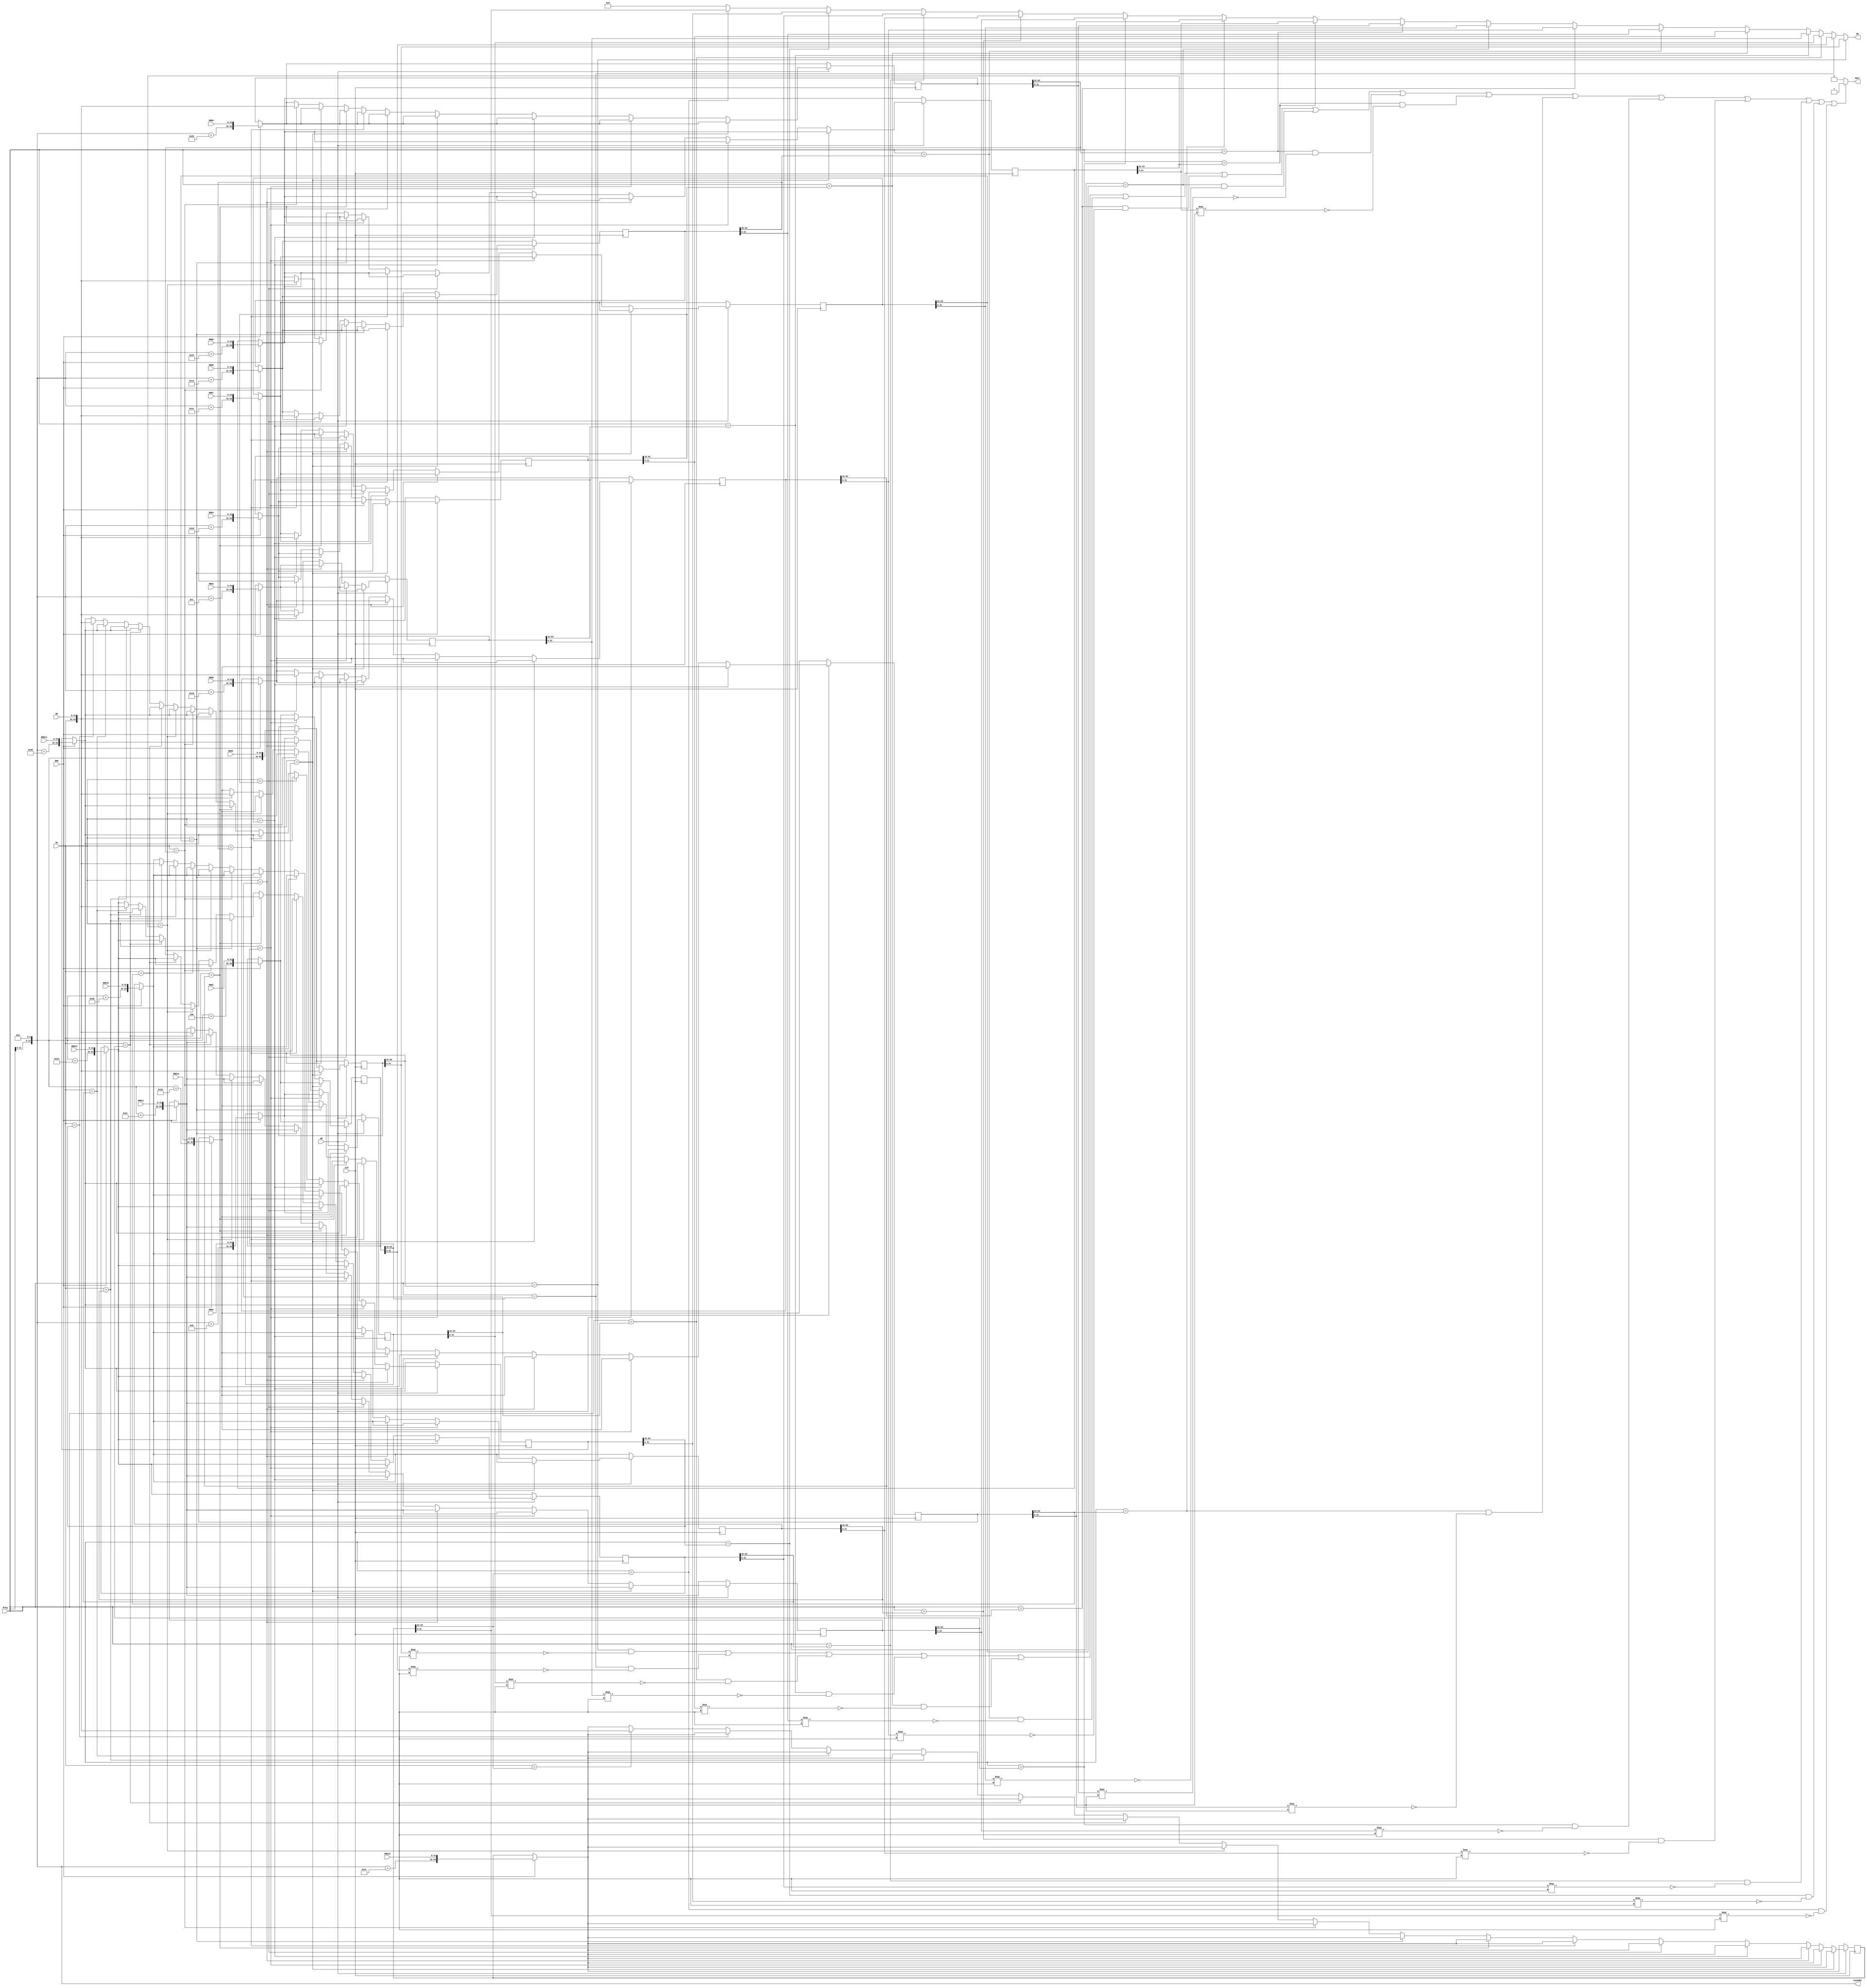
module cache(
	input         	CLK,
	input			RME, WE,
	input  [31:0] 	WA, RTag,
	input  [31:0] 	RMD0, RMD1, RMD2, RMD3, RMD4, RMD5, RMD6, RMD7, RMD8, RMD9, RMD10, RMD11, RMD12, RMD13, RMD14, RMD15,
	input  [31:0]	WD,
	output [31:0]	CacheRA,
	output			RHit,
	output [31:0] 	RD);

	// 1'b Valid + 32'b Imm + 32'b Rs + 32'b Data
	reg    [63:0] 	mem_data [0:15];

	wire   [31:0]	RMA0, RMA1, RMA2, RMA3, RMA4, RMA5, RMA6, RMA7, RMA8, RMA9, RMA10, RMA11, RMA12, RMA13, RMA14, RMA15;
	wire   [31:0]	Tag0, Tag1, Tag2, Tag3, Tag4, Tag5, Tag6, Tag7, Tag8, Tag9, Tag10, Tag11, Tag12, Tag13, Tag14, Tag15;
	wire   [31:0]	Data0, Data1, Data2, Data3, Data4, Data5, Data6, Data7, Data8, Data9, Data10, Data11, Data12, Data13, Data14, Data15;
	
	assign RHit = ((RTag==Tag0&&~(Data0===32'dx)) || (RTag==Tag1&&~(Data1===32'dx)) || (RTag==Tag2&&~(Data2===32'dx)) || (RTag==Tag3&&~(Data3===32'dx)) || 
				  (RTag==Tag4&&~(Data4===32'dx)) || (RTag==Tag5&&~(Data5===32'dx)) || (RTag==Tag6&&~(Data6===32'dx)) || (RTag==Tag7&&~(Data7===32'dx)) || 
				  (RTag==Tag8&&~(Data8===32'dx)) || (RTag==Tag9&&~(Data9===32'dx)) || (RTag==Tag10&&~(Data10===32'dx)) || (RTag==Tag11&&~(Data11===32'dx)) || 
				  (RTag==Tag12&&~(Data12===32'dx)) || (RTag==Tag13&&~(Data13===32'dx)) || (RTag==Tag14&&~(Data14===32'dx)) || (RTag==Tag15&&~(Data15===32'dx))) ? 1'b1 : 1'b0;
	assign RD =   (RTag==Tag0) ? Data0 : (RTag==Tag1) ? Data1 : (RTag==Tag2) ? Data2 : (RTag==Tag3) ? Data3 : 
				  (RTag==Tag4) ? Data4 : (RTag==Tag5) ? Data5 : (RTag==Tag6) ? Data6 : (RTag==Tag7) ? Data7 : 
				  (RTag==Tag8) ? Data8 : (RTag==Tag9) ? Data9 : (RTag==Tag10) ? Data10 : (RTag==Tag11) ? Data11 : 
				  (RTag==Tag12) ? Data12 : (RTag==Tag13) ? Data13 : (RTag==Tag14) ? Data14 : (RTag==Tag15) ? Data15 : 32'd0;
				  
	always @(posedge CLK)
	begin
		if(RME) begin
			mem_data[ 4'd0 ] <= {RMA0,RMD0};
			mem_data[ 4'd1 ] <= {RMA1,RMD1};
			mem_data[ 4'd2 ] <= {RMA2,RMD2};
			mem_data[ 4'd3 ] <= {RMA3,RMD3};
			mem_data[ 4'd4 ] <= {RMA4,RMD4};
			mem_data[ 4'd5 ] <= {RMA5,RMD5};
			mem_data[ 4'd6 ] <= {RMA6,RMD6};
			mem_data[ 4'd7 ] <= {RMA7,RMD7};
			mem_data[ 4'd8 ] <= {RMA8,RMD8};
			mem_data[ 4'd9 ] <= {RMA9,RMD9};
			mem_data[ 4'd10 ] <= {RMA10,RMD10};
			mem_data[ 4'd11 ] <= {RMA11,RMD11};
			mem_data[ 4'd12 ] <= {RMA12,RMD12};
			mem_data[ 4'd13 ] <= {RMA13,RMD13};
			mem_data[ 4'd14 ] <= {RMA14,RMD14};
			mem_data[ 4'd15 ] <= {RMA15,RMD15};
		end
		
		if(WE) begin
			if(WA==Tag0)
				mem_data[ 4'd0 ] <= {WA,WD};
			else if(WA==Tag1)
				mem_data[ 4'd1 ] <= {WA,WD};
			else if(WA==Tag2)
				mem_data[ 4'd2 ] <= {WA,WD};
			else if(WA==Tag3)
				mem_data[ 4'd3 ] <= {WA,WD};
			else if(WA==Tag4)
				mem_data[ 4'd4 ] <= {WA,WD};
			else if(WA==Tag5)
				mem_data[ 4'd5 ] <= {WA,WD};
			else if(WA==Tag6)
				mem_data[ 4'd6 ] <= {WA,WD};
			else if(WA==Tag7)
				mem_data[ 4'd7 ] <= {WA,WD};
			else if(WA==Tag8)
				mem_data[ 4'd8 ] <= {WA,WD};
			else if(WA==Tag9)
				mem_data[ 4'd9 ] <= {WA,WD};
			else if(WA==Tag10)
				mem_data[ 4'd10 ] <= {WA,WD};
			else if(WA==Tag11)
				mem_data[ 4'd11 ] <= {WA,WD};
			else if(WA==Tag12)
				mem_data[ 4'd12 ] <= {WA,WD};
			else if(WA==Tag13)
				mem_data[ 4'd13 ] <= {WA,WD};
			else if(WA==Tag14)
				mem_data[ 4'd14 ] <= {WA,WD};
			else if(WA==Tag15)
				mem_data[ 4'd15 ] <= {WA,WD};	
		end
	end
	
	assign CacheRA = {RTag[31:6],6'd0};
	assign RMA0 = CacheRA;
	assign RMA1 = CacheRA+32'd4;
	assign RMA2 = CacheRA+32'd8;
	assign RMA3 = CacheRA+32'd12;
	assign RMA4 = CacheRA+32'd16;
	assign RMA5 = CacheRA+32'd20;
	assign RMA6 = CacheRA+32'd24;
	assign RMA7 = CacheRA+32'd28;
	assign RMA8 = CacheRA+32'd32;
	assign RMA9 = CacheRA+32'd36;
	assign RMA10 = CacheRA+32'd40;
	assign RMA11 = CacheRA+32'd44;
	assign RMA12 = CacheRA+32'd48;
	assign RMA13 = CacheRA+32'd52;
	assign RMA14 = CacheRA+32'd56;
	assign RMA15 = CacheRA+32'd60;
	
	assign Tag0 = mem_data[4'd0][63:32];
	assign Tag1 = mem_data[4'd1][63:32];
	assign Tag2 = mem_data[4'd2][63:32];
	assign Tag3 = mem_data[4'd3][63:32];
	assign Tag4 = mem_data[4'd4][63:32];
	assign Tag5 = mem_data[4'd5][63:32];
	assign Tag6 = mem_data[4'd6][63:32];
	assign Tag7 = mem_data[4'd7][63:32];
	assign Tag8 = mem_data[4'd8][63:32];
	assign Tag9 = mem_data[4'd9][63:32];
	assign Tag10 = mem_data[4'd10][63:32];
	assign Tag11 = mem_data[4'd11][63:32];
	assign Tag12 = mem_data[4'd12][63:32];
	assign Tag13 = mem_data[4'd13][63:32];
	assign Tag14 = mem_data[4'd14][63:32];
	assign Tag15 = mem_data[4'd15][63:32];
	
	assign Data0 = mem_data[4'd0][31:0];
	assign Data1 = mem_data[4'd1][31:0];
	assign Data2 = mem_data[4'd2][31:0];
	assign Data3 = mem_data[4'd3][31:0];
	assign Data4 = mem_data[4'd4][31:0];
	assign Data5 = mem_data[4'd5][31:0];
	assign Data6 = mem_data[4'd6][31:0];
	assign Data7 = mem_data[4'd7][31:0];
	assign Data8 = mem_data[4'd8][31:0];
	assign Data9 = mem_data[4'd9][31:0];
	assign Data10 = mem_data[4'd10][31:0];
	assign Data11 = mem_data[4'd11][31:0];
	assign Data12 = mem_data[4'd12][31:0];
	assign Data13 = mem_data[4'd13][31:0];
	assign Data14 = mem_data[4'd14][31:0];
	assign Data15 = mem_data[4'd15][31:0];
	
endmodule